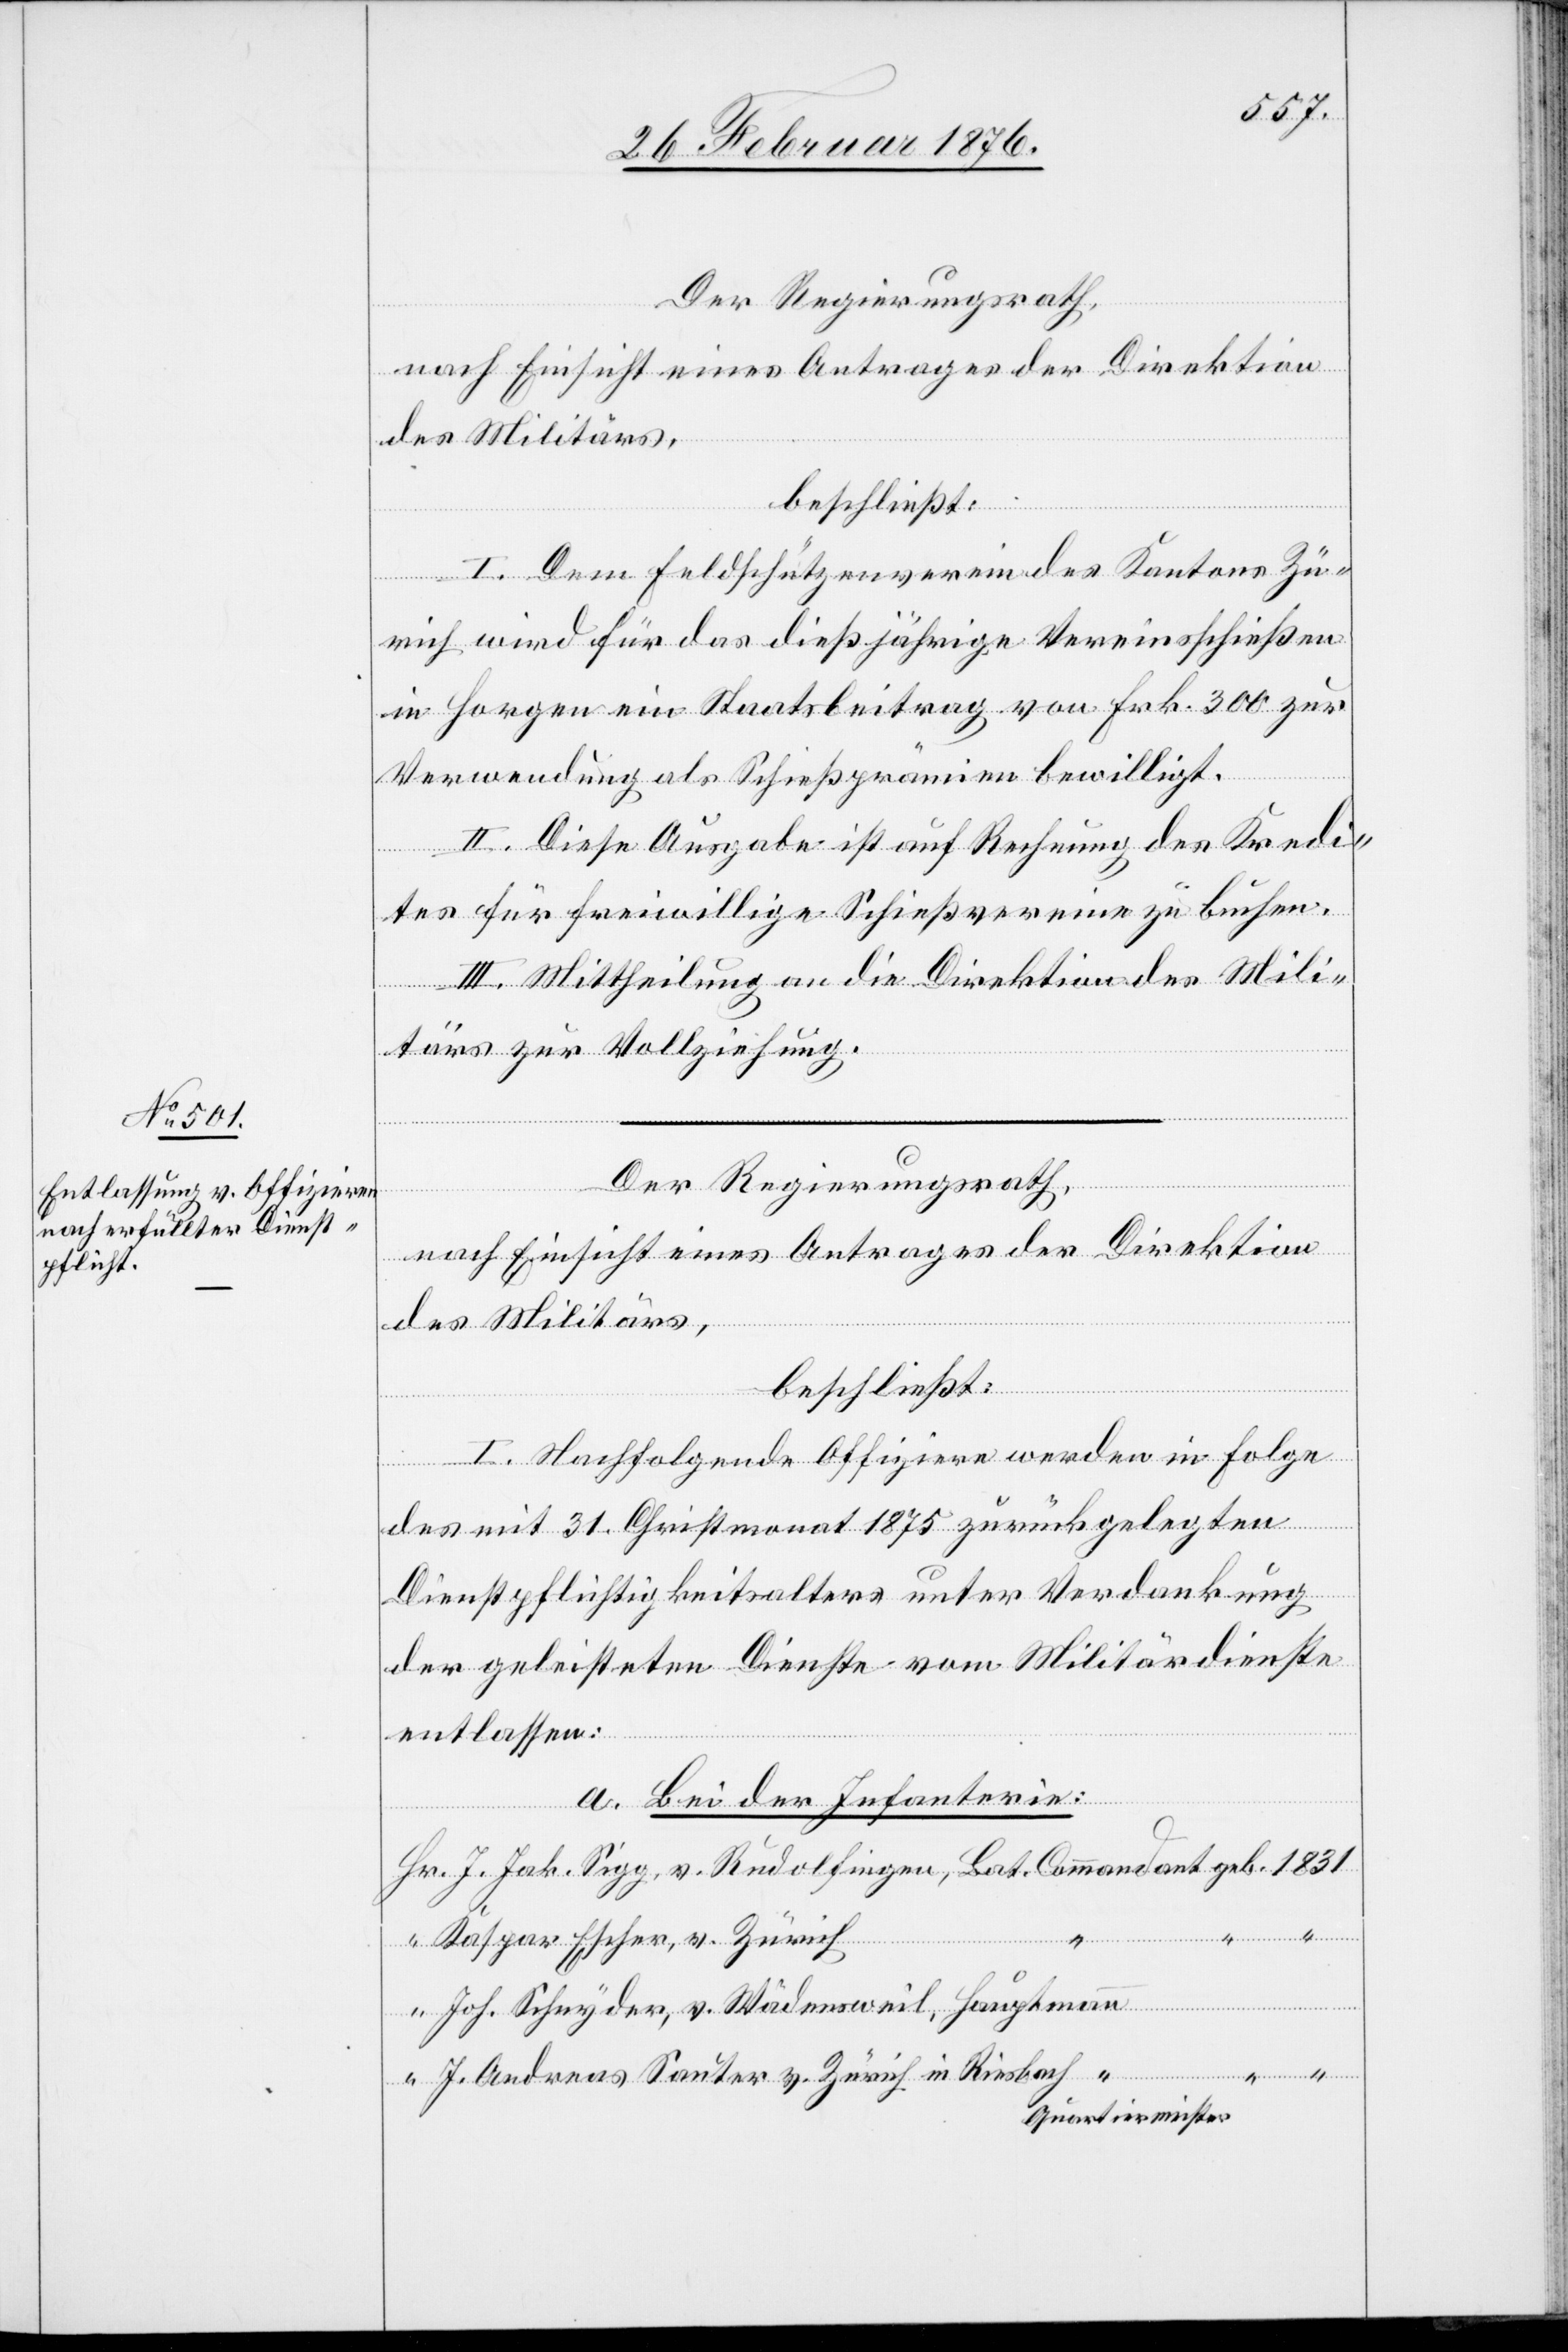
J. Jak.

Sauter
Der Regierungsrath,
nach Einsicht eines Antrages der Direktion
des Militärs,
beschließt:
I. Dem Feldschützenverein des Kantons Zü¬
rich wird für das dießjährige Vereinsschießen
in Horgen ein Staatsbeitrag von Frk. 300 zur
in Riesbach
Verwendung als Schießprämien bewilligt.
II. Diese Ausgabe ist auf Rechnung des Kredi¬
tes für freiwillige Schießvereine zu buchen.
III. Mittheilung an die Direktion des Mili¬
tärs zur Vollziehung.
Der Regierungsrath,
nach Einsicht eines Antrages der Direktion
des Militärs,
beschließt:
I. Nachfolgende Offiziere werden in Folge
des mit 31. Christmonat 1875 zurückgelegten
Dienstpflichtigkeitsalters unter Verdankung
der geleisteten Dienste vom Militärdienste
entlassen:
a. Bei der Infanterie:
Hauptmann
Quartiermeister